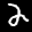
Label: 2